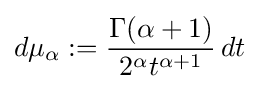
d\mu _{\alpha }:={\frac {\Gamma (\alpha +1)}{2^{\alpha }t^{\alpha +1}}}\,dt